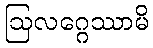
ဩလဂ္ဂေဿာမိ